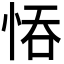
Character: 𢚺